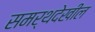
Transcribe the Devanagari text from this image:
समर्थदेखील